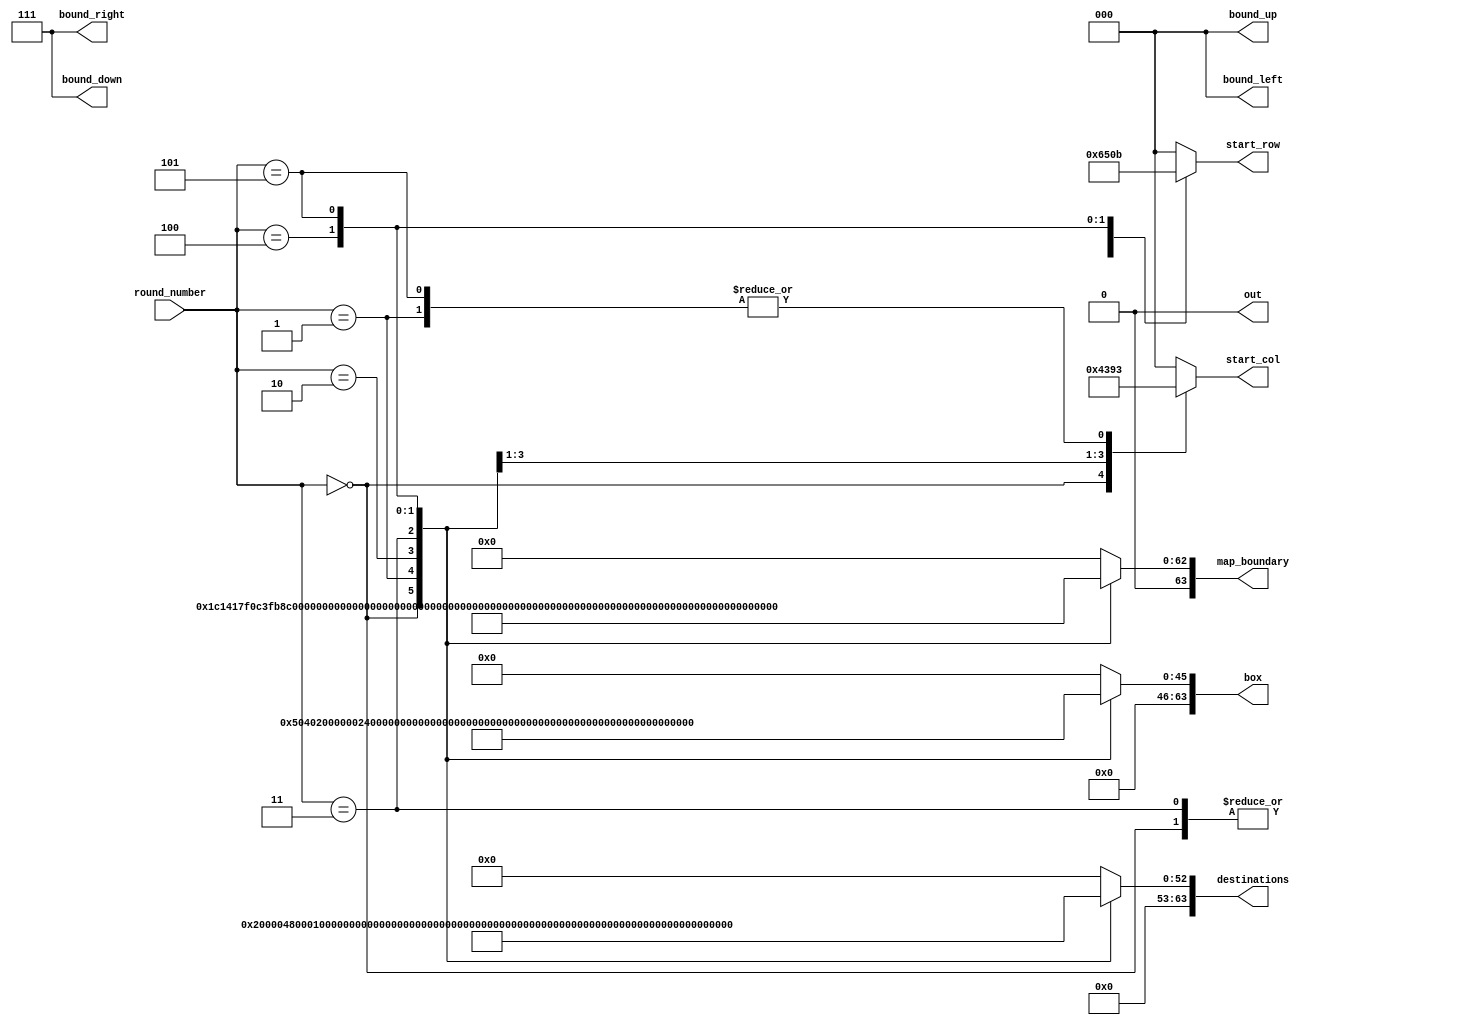
/*
   This file was generated automatically by the Mojo IDE version B1.3.6.
   Do not edit this file directly. Instead edit the original Lucid source.
   This is a temporary file and any changes made to it will be destroyed.
*/

module map_14 (
    output reg out,
    input [2:0] round_number,
    output reg [63:0] map_boundary,
    output reg [63:0] box,
    output reg [63:0] destinations,
    output reg [2:0] start_row,
    output reg [2:0] start_col,
    output reg [2:0] bound_left,
    output reg [2:0] bound_right,
    output reg [2:0] bound_up,
    output reg [2:0] bound_down
  );
  
  
  
  always @* begin
    out = 1'h0;
    bound_left = 1'h0;
    bound_right = 3'h7;
    bound_up = 1'h0;
    bound_down = 3'h7;
    start_row = 1'h0;
    start_col = 1'h0;
    map_boundary = 64'h0000000000000000;
    box = 64'h0000000000000000;
    destinations = 64'h0000000000000000;
    
    case (round_number)
      1'h0: begin
        map_boundary = 64'h38282fe187f7173e;
        box = 64'h0000001410080000;
        destinations = 64'h0010000240000800;
        start_row = 3'h4;
        start_col = 3'h4;
      end
      1'h1: begin
        map_boundary = 64'h7c47d18181eae23e;
        box = 64'h0000002400000000;
        destinations = 64'h0000200008000000;
        start_row = 3'h6;
        start_col = 2'h3;
      end
      2'h2: begin
        map_boundary = 64'h78c888ccc68282fe;
        box = 64'h0000202010200000;
        destinations = 64'h0000000000406800;
        start_row = 2'h2;
        start_col = 1'h1;
      end
      2'h3: begin
        map_boundary = 64'h3ce780a484ff0000;
        box = 64'h0000020200000000;
        destinations = 64'h0000000028000000;
        start_row = 3'h4;
        start_col = 3'h6;
      end
      3'h4: begin
        map_boundary = 64'h784e42eba98581ff;
        box = 64'h0000100000200400;
        destinations = 64'h0000000040404000;
        start_row = 1'h1;
        start_col = 2'h2;
      end
      3'h5: begin
        map_boundary = 64'h7ec282828286fc00;
        box = 64'h0000282828000000;
        destinations = 64'h001c000000700000;
        start_row = 2'h3;
        start_col = 2'h3;
      end
    endcase
  end
endmodule